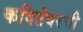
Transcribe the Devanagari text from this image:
कवितेवरची